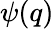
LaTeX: \psi(q)